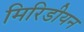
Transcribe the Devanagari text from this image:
मिरिडीयन